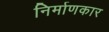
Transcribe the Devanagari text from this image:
निर्माणकार